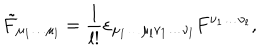
\tilde { F } _ { \mu _ { 1 } \ldots \mu _ { l } } = { \frac { 1 } { l ! } } \varepsilon _ { \mu _ { 1 } \ldots \mu _ { l } \nu _ { 1 } \ldots \nu _ { l } } F ^ { \nu _ { 1 } \ldots \nu _ { l } } ,